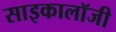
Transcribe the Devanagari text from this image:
साइकालॉजी